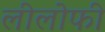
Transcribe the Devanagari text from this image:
लीलोफी